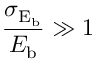
\frac { \sigma _ { \mathrm { E _ { b } } } } { E _ { \mathrm { b } } } \gg 1 \